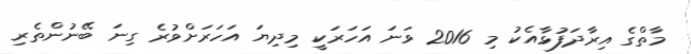
މާތްގެ އިރާދަފުޅާއެކު މި 2016 ވަނަ އަހަރަކީ މިދިޔަ އަހަރަށްވުރެ ގިނަ ބޭނުންތެރި